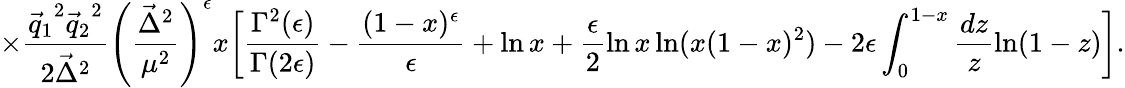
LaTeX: \times\frac{{\vec{q}_{1}}^{2}{\vec{q}_{2}}^{2}}{2{\vec{\Delta}}^{2}}\left(\frac{{\vec{\Delta}}^{2}}{\mu^{2}}\right)^{\epsilon}x\biggl[\frac{\Gamma^{2}(\epsilon)}{\Gamma(2\epsilon)}-\frac{(1-x)^{\epsilon}}{\epsilon}+\ln x+\frac{\epsilon}{2}\ln x\ln(x(1-x)^{2})-2\epsilon\int_{0}^{1-x}\frac{dz}{z}\ln(1-z)\biggr].